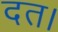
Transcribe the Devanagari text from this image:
दत।